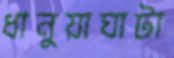
ধানুয়াঘাটা